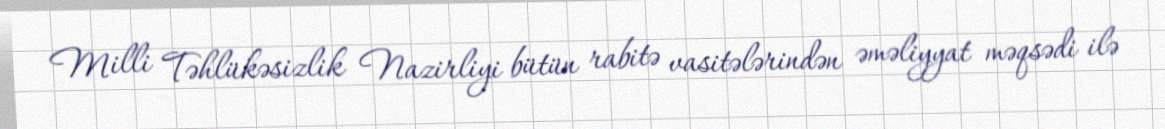
Milli Təhlükəsizlik Nazirliyi bütün rabitə vasitələrindən əməliyyat məqsədi ilə